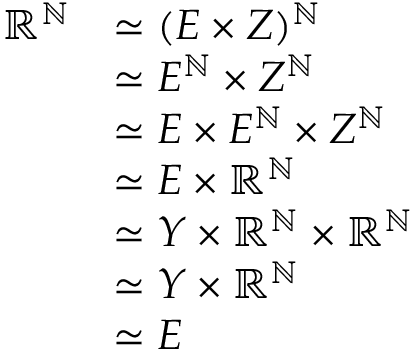
{ \begin{array} { r l } { \mathbb { R } ^ { \mathbb { N } } } & { \simeq ( E \times Z ) ^ { \mathbb { N } } } \\ & { \simeq E ^ { \mathbb { N } } \times Z ^ { \mathbb { N } } } \\ & { \simeq E \times E ^ { \mathbb { N } } \times Z ^ { \mathbb { N } } } \\ & { \simeq E \times \mathbb { R } ^ { \mathbb { N } } } \\ & { \simeq Y \times \mathbb { R } ^ { \mathbb { N } } \times \mathbb { R } ^ { \mathbb { N } } } \\ & { \simeq Y \times \mathbb { R } ^ { \mathbb { N } } } \\ & { \simeq E } \end{array} }